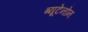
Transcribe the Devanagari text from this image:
ब्यूटेनोन